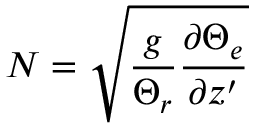
N = \sqrt { \frac { g } { \Theta _ { r } } \frac { \partial \Theta _ { e } } { \partial z ^ { \prime } } }